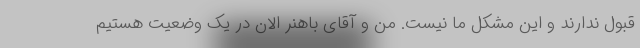
قبول ندارند و این مشکل ما نیست. من و آقای باهنر الان در یک وضعیت هستیم